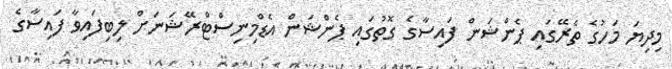
މިދިޔަ މަހުގެ ތެރޭގައި ޕެންޝަން ފައިސާގެ ގޮތުގައި ޕެންޝަން އެޑްމިނިސްޓްރޭޝަނަށް ލިބިފައިވާ ފައިސާގެ